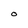
Character: O